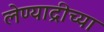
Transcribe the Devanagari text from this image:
लेण्याद्रीच्या